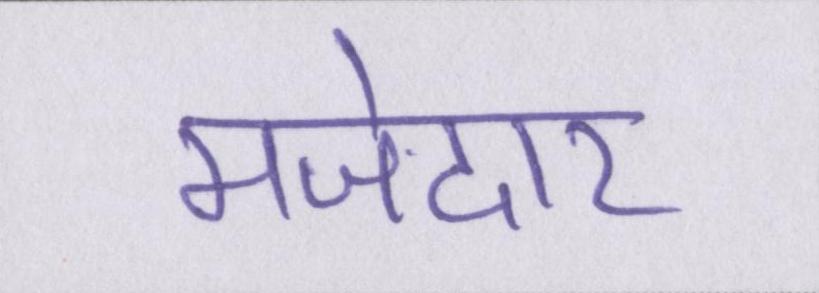
मजेदार